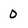
Character: 0